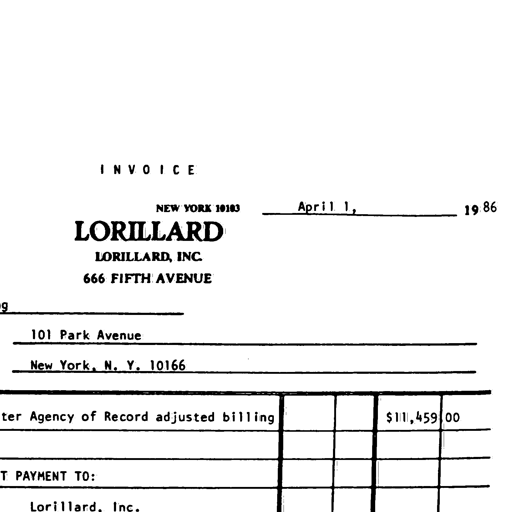
I N V O I C E
NEW YORK 10103 April 1, 1986
LORILLARD
LORILLARD, INC.
666 FIFTH AVENUE
101 Park Avenue
New York, N. Y. 10166
ter Agency of Record adjusted billing $111,459 00
PAYMENT TO:
Lorillard, Inc.